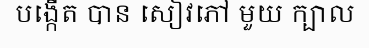
បង្កើត បាន សៀវភៅ មួយ ក្បាល